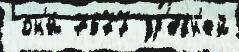
 он'и́ 7677 др'е́вн'ей